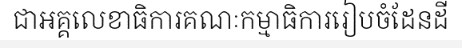
ជាអគ្គលេខាធិការគណៈកម្មាធិការរៀបចំដែនដី